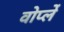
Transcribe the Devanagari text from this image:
वोर्प्ले